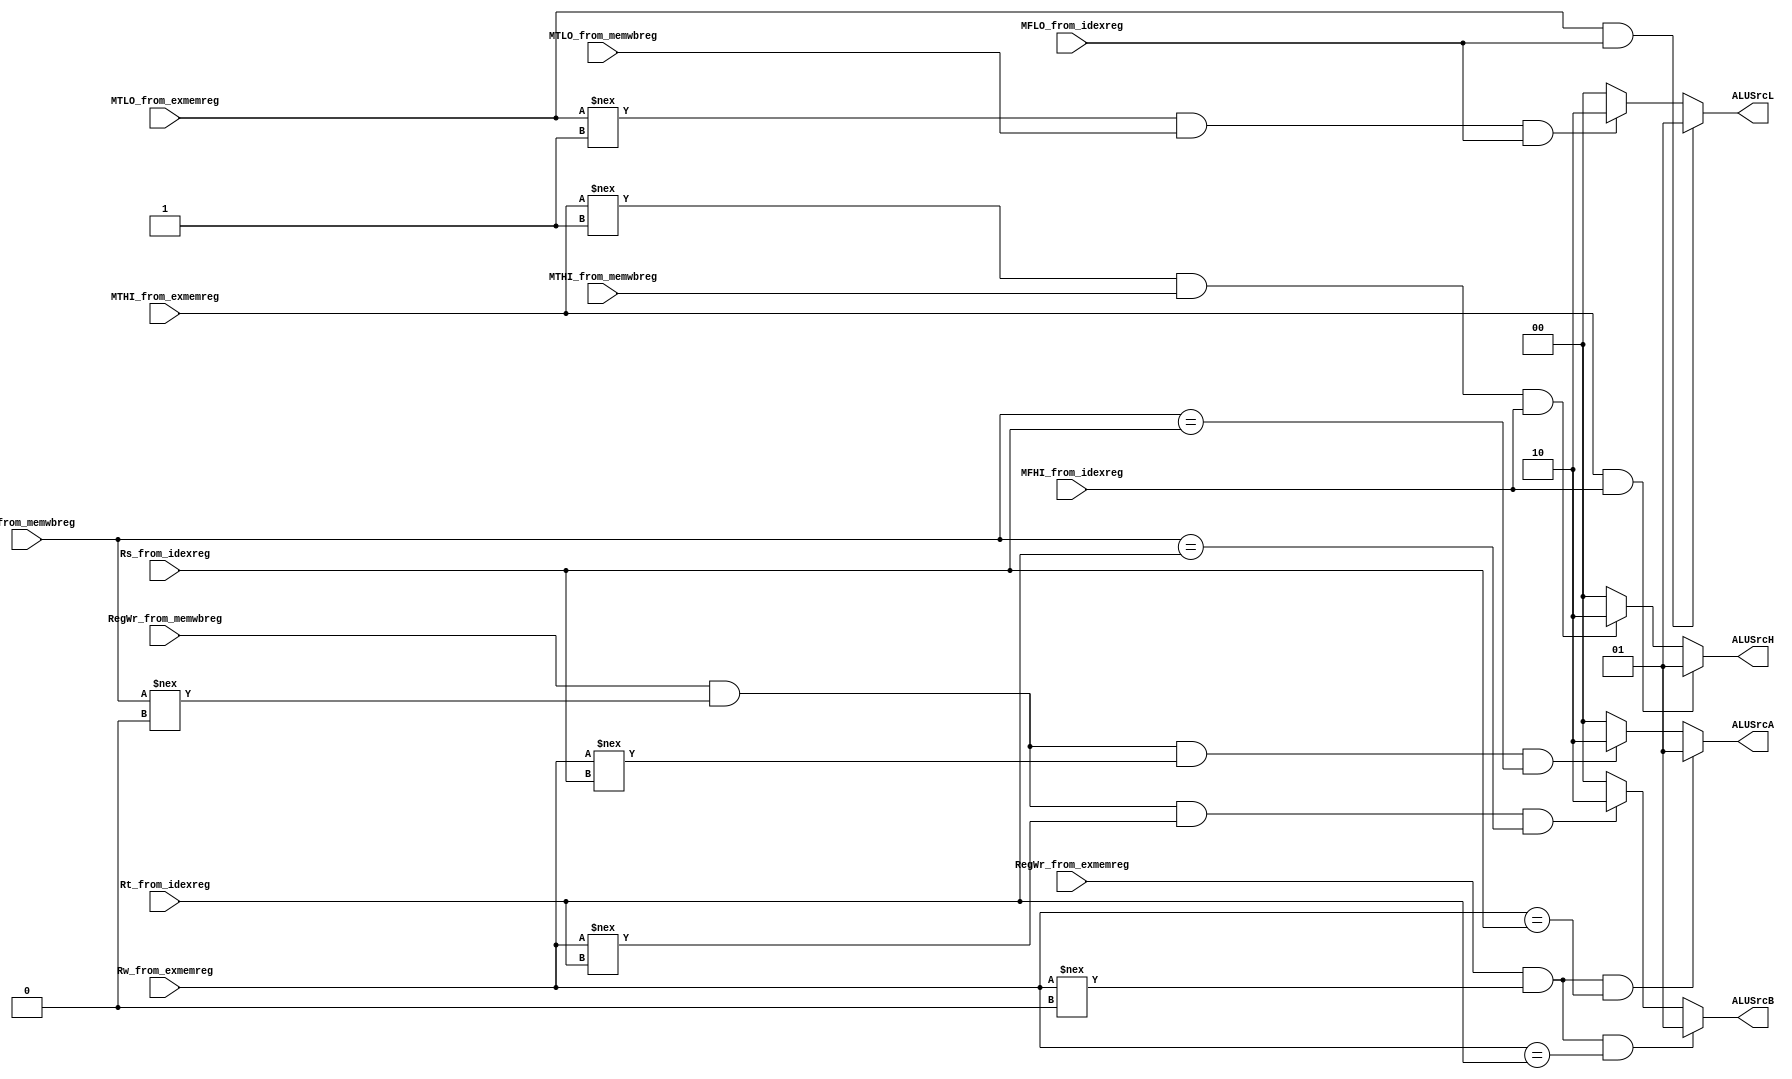
//
module Forward(
	input [4:0] Rs_from_idexreg,								//Rs			
	input [4:0] Rt_from_idexreg,
	
	input [4:0] Rw_from_exmemreg,								//rw
	input [4:0] Rw_from_memwbreg,								//
	
	input MFHI_from_idexreg,
	input MFLO_from_idexreg,
	
	input MTLO_from_exmemreg,
	input MTHI_from_exmemreg,
	input MTLO_from_memwbreg,
	input MTHI_from_memwbreg,
	
	input RegWr_from_exmemreg,									//
	input RegWr_from_memwbreg,
	
	//input ALUSrc_from_idexreg,									//busB
	
	output reg [1:0] ALUSrcA,										//busA
	output reg [1:0] ALUSrcB,										//busB
	output reg [1:0] ALUSrcL,
	output reg [1:0] ALUSrcH
);

//
initial begin
	ALUSrcA<=0;
	ALUSrcB<=0;
	ALUSrcL<=0;
	ALUSrcH<=0;
end


always@(*) begin

	//ALUSrcA
	if(RegWr_from_exmemreg && (Rw_from_exmemreg!==0) && (Rw_from_exmemreg==Rs_from_idexreg))
		ALUSrcA<=2'b01;
	else if(RegWr_from_memwbreg && (Rw_from_memwbreg!==0) && (Rw_from_exmemreg!==Rs_from_idexreg) && (Rw_from_memwbreg==Rs_from_idexreg))
		ALUSrcA<=2'b10;
	else
		ALUSrcA<=0;
		
	
	//ALUSrcB
	if(RegWr_from_exmemreg && (Rw_from_exmemreg!==0) && (Rw_from_exmemreg==Rt_from_idexreg))
		ALUSrcB<=2'b01;
	else if(RegWr_from_memwbreg && (Rw_from_memwbreg!==0) && (Rw_from_exmemreg!==Rt_from_idexreg) && (Rw_from_memwbreg==Rt_from_idexreg))
		ALUSrcB<=2'b10;
	else 
		ALUSrcB<=0;
		
	//ALUSrcH
	if(MTHI_from_exmemreg==1&&MFHI_from_idexreg==1)
		ALUSrcH<=2'b01;
	else if(MTHI_from_exmemreg!==1&&MTHI_from_memwbreg==1&&MFHI_from_idexreg==1)
		ALUSrcH<=2'b10;
	else
		ALUSrcH<=0;
		
	//ALUSrcB
	if(MTLO_from_exmemreg==1&&MFLO_from_idexreg==1)
		ALUSrcL<=2'b01;
	else if(MTLO_from_exmemreg!==1&&MTLO_from_memwbreg==1&&MFLO_from_idexreg==1)
		ALUSrcL<=2'b10;
	else 
		ALUSrcL<=0;
		
end


endmodule